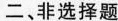
二、非选择题